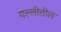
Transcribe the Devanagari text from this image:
गल्लीतील